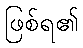
ဖြစ်ရ၏